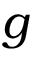
g